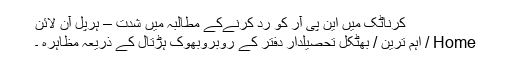
کرناٹک میں این پی آر کو رد کرنےکے مطالبہ میں شدت – ہرپل آن لائن
Home / اہم ترین / بھٹکل تحصیلدار دفتر کے روبروبھوک ہڑتال کے ذریعہ مظاہرہ ۔